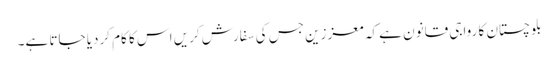
بلوچستان کا رواجی قانون ہے کہ معززین جس کی سفارش کریں اس کا کام کردیا جاتا ہے۔